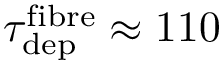
\tau _ { \mathrm { d e p } } ^ { \mathrm { f i b r e } } \approx 1 1 0